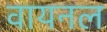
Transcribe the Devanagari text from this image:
वायनल